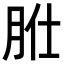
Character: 𦙰